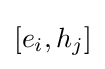
[e_{i},h_{j}]